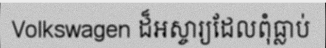
Volkswagen ដ៏អស្ចារ្យដែលពុំធ្លាប់